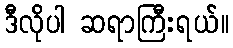
ဒီလိုပါ ဆရာကြီးရယ်။